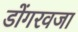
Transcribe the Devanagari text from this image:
डोंगरवजा